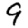
Digit: 9